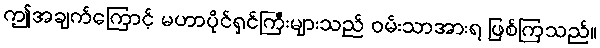
ဤအချက်ကြောင့် မဟာပိုင်ရှင်ကြီးများသည် ဝမ်းသာအားရ ဖြစ်ကြသည်။